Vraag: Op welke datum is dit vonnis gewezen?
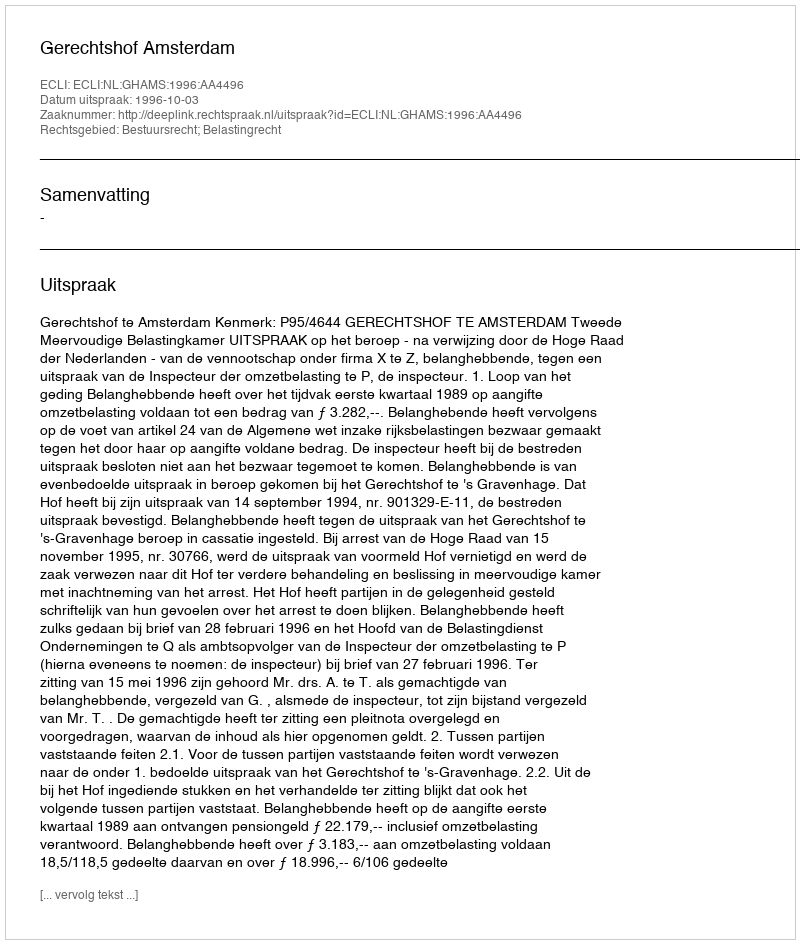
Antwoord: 1996-10-03